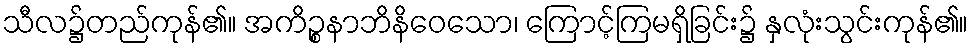
သီလ၌တည်ကုန်၏။ အကိဉ္စနာဘိနိဝေသော၊ ကြောင့်ကြမရှိခြင်း၌ နှလုံးသွင်းကုန်၏။